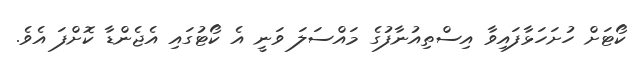
ކޯޓަށް ހުށަހަޅާފައިވާ އިސްތިއުނާފުގެ މައްސަލަ ވަނީ އެ ކޯޓުގައި އެޖެންޑާ ކޮށްފަ އެވެ.